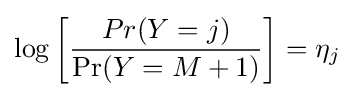
\log \left[{\frac {Pr(Y=j)}{\mathrm {Pr} (Y=M+1)}}\right]=\eta _{j}